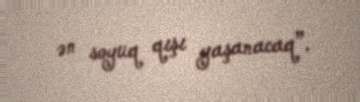
ən soyuq qışı yaşanacaq”.